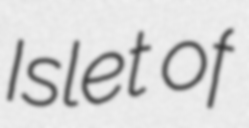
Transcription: Islet of